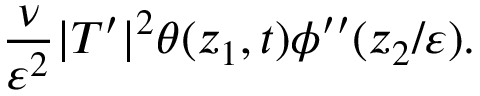
\frac { \nu } { \varepsilon ^ { 2 } } | T ^ { \prime } | ^ { 2 } \theta ( z _ { 1 } , t ) \phi ^ { \prime \prime } ( z _ { 2 } / \varepsilon ) .